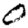
Digit: 0